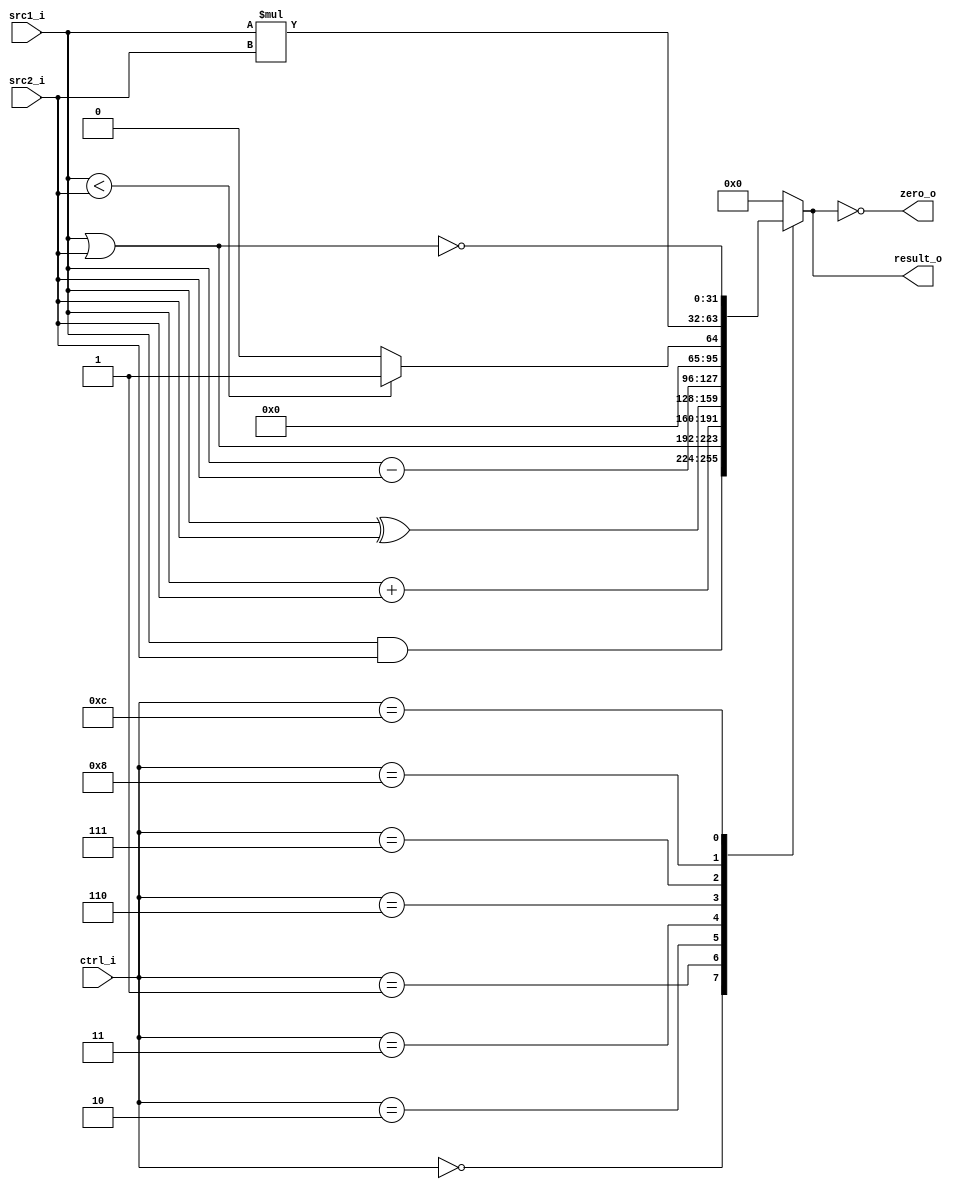
//Subject:     CO project 5 - ALU
//--------------------------------------------------------------------------------
//Version:     1
//--------------------------------------------------------------------------------
//Writer:       110550093
//----------------------------------------------
//Date:        
//----------------------------------------------
//Description: 
//--------------------------------------------------------------------------------
`timescale 1ns/1ps
module ALU(
    src1_i,
	src2_i,
	ctrl_i,
	result_o,
	zero_o
);
     
//I/O ports
input  [32-1:0]  src1_i;
input  [32-1:0]	 src2_i;
input  [4-1:0]   ctrl_i;

output [32-1:0]	 result_o;
output           zero_o;

//Internal signals
reg    [32-1:0]  result_o;
wire             zero_o;

//Parameter

//Main function
assign zero_o = (result_o == 0);
always @(*) begin
	case(ctrl_i)
		4'd0: result_o <= src1_i&src2_i;	//and
		4'd1: result_o <= src1_i|src2_i;	//or
		4'd2: result_o <= src1_i+src2_i;	//add
		4'd3: result_o <= src1_i^src2_i;	//xor
		4'd6: result_o <= src1_i-src2_i;	//sub
		4'd7: result_o <= (src1_i<src2_i) ? 1:0;	//slt
		4'd8: result_o <= src1_i*src2_i;	//mult
		4'd12: result_o <= ~(src1_i|src2_i);	//nor
		default: result_o <= 0;
	endcase
end

endmodule